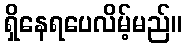
ရှိနေရပေလိမ့်မည်။